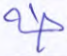
طه